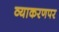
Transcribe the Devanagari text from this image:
व्याकरणपर